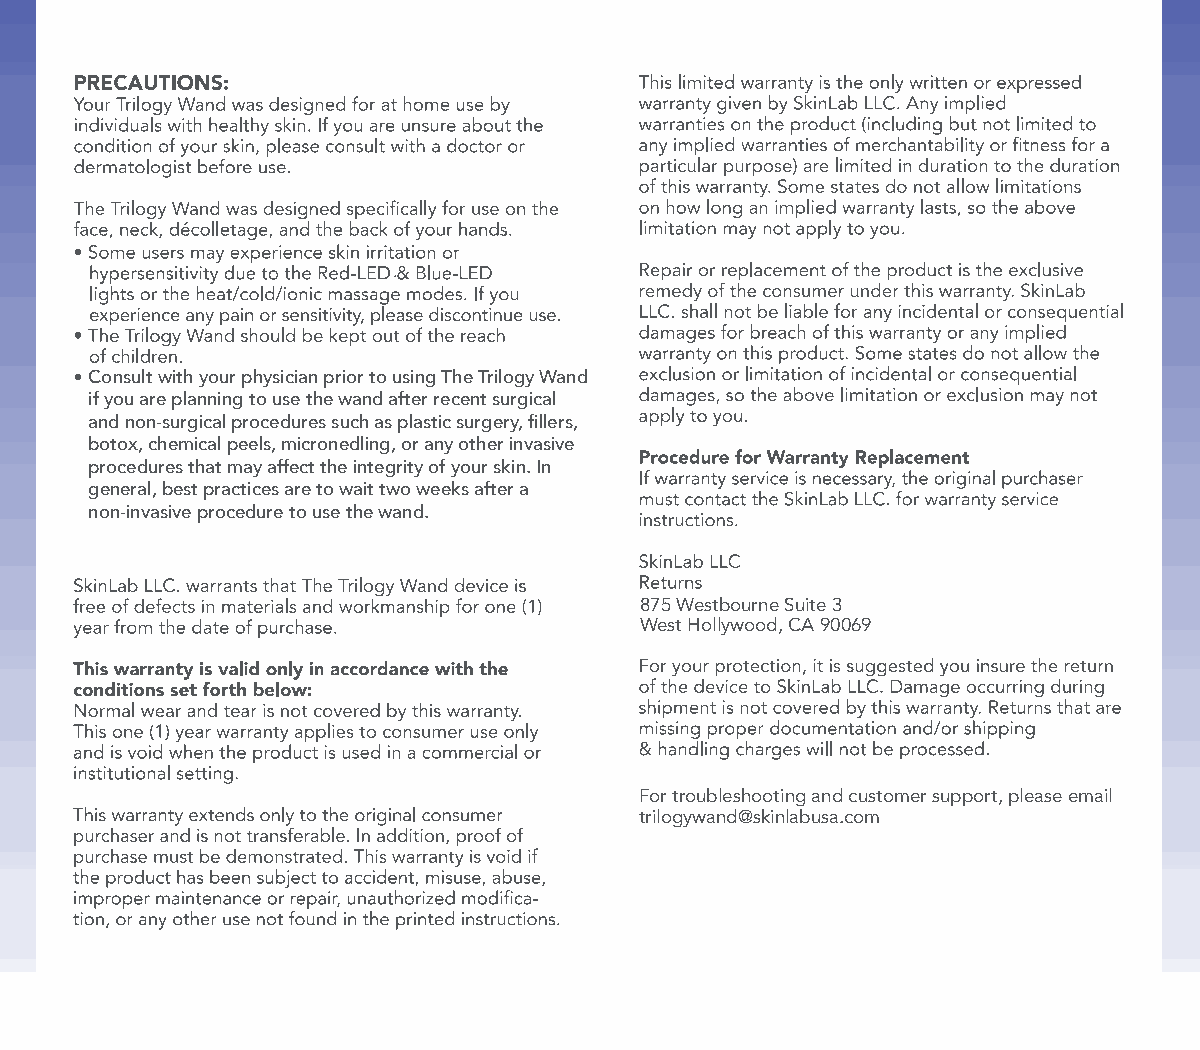
Consult with your physician prior to using The Trilogy Wand
 if you are planning to use the wand after recent surgical
 and non-surgical procedures such as plastic surgery, fillers,
 botox, chemical peels, micronedling, or any other invasive
 procedures that may affect the integrity of your skin. In
 general, best practices are to wait two weeks after a
 non-invasive procedure to use the wand.
 875 Westbourne Suite 3
 West Hollywood, CA 90069
 For troubleshooting and customer support, please email
 trilogywand@skinlabusa.com